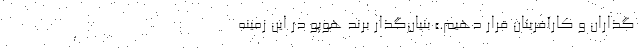
‌گذاران و کارآفرینان قرار دهیم.» بنیان‌گذار برند هوپو در این زمینه